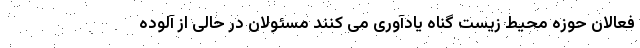
فعالان حوزه محیط زیست گناه یادآوری می کنند مسئولان در حالی از آلوده